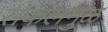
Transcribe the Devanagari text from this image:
सर्कलमुळे